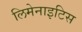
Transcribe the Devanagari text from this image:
लिमेनाइटिस